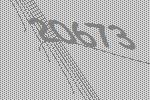
20673